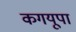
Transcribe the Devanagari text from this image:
कगयूपा